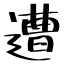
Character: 遭